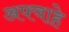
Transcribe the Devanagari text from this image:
अफ्वाहे